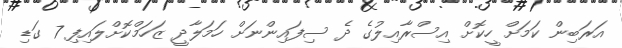
އަރަބިން ކަމަށް ހީކޮށް އިސްރާއިލުގެ ދެ ސިފައިންނަށް ހަމަލާދީ ޒަހަމްކޮށްލައިފި 7 ގަޑި